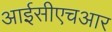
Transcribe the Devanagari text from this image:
आईसीएचआर